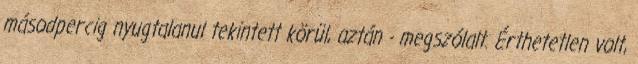
másodpercig nyugtalanul tekintett körül, aztán - megszólalt. Érthetetlen volt,